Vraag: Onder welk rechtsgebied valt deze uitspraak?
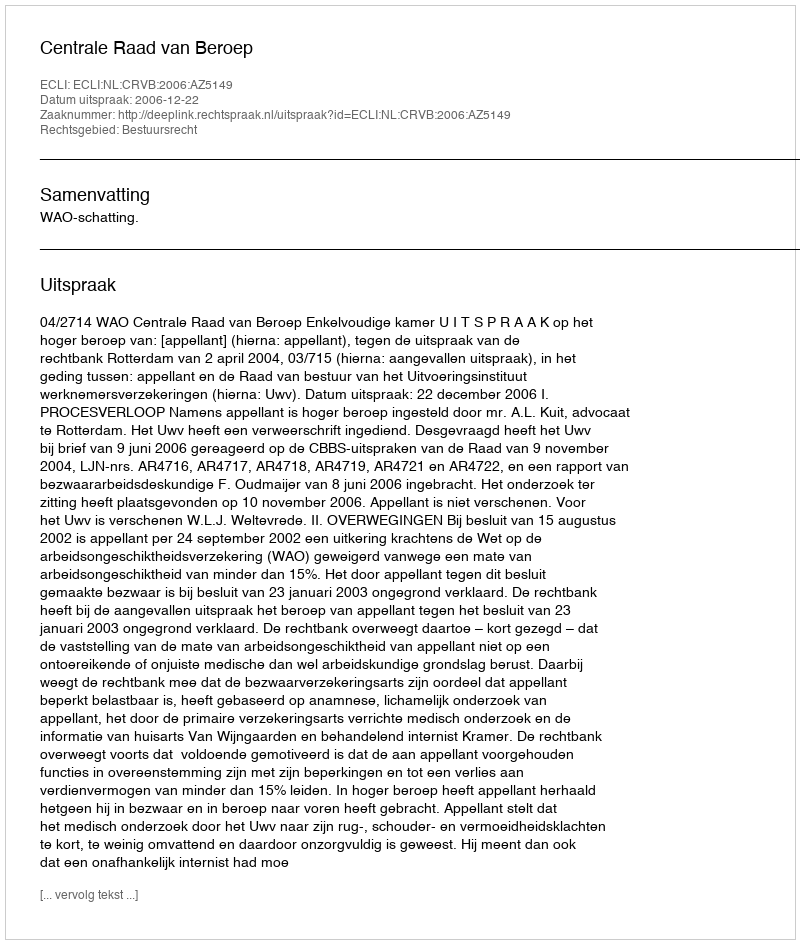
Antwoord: Bestuursrecht